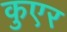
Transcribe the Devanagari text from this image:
कुएर